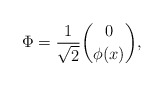
\begin{align*}\Phi=\frac{1}{\sqrt{2}}{0 \choose \phi(x)},\end{align*}